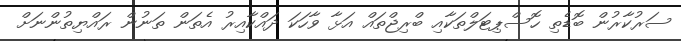
ސަރުކާރުން ބޮޑެތި ހޮސްޕިޓަލްތަކާއި ބްރިޖްތައް އަޅާ ވާހަކަ ދައްކާއިރު އެތަން ތަނުން ރައްޔިތުންނަށް